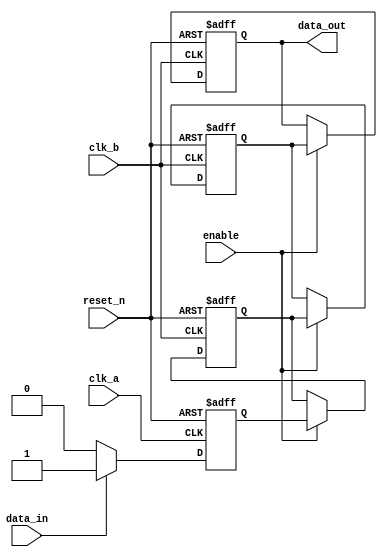
module pulsed_synchronizer (
    input wire clk_a,              // Source clock
    input wire clk_b,              // Destination clock
    input wire reset_n,            // Asynchronous active low reset
    input wire enable,             // Enable for the synchronization
    input wire data_in,            // Input data signal from clk_a domain
    output reg data_out            // Synchronized output in clk_b domain
);

    // Internal signals
    reg data_sync1;                // First stage of synchronization
    reg data_sync2;                // Second stage of synchronization
    reg pulse;                     // Pulse signal

    // Pulse generation logic
    always @(posedge clk_a or negedge reset_n) begin
        if (!reset_n) begin
            pulse <= 1'b0;
        end else if (data_in) begin
            pulse <= 1'b1;          // Generate pulse on data_in rising edge
        end else begin
            pulse <= 1'b0;          // Reset pulse when data_in is low
        end
    end

    // Synchronize pulse signal to clk_b domain
    always @(posedge clk_b or negedge reset_n) begin
        if (!reset_n) begin
            data_sync1 <= 1'b0;
            data_sync2 <= 1'b0;
            data_out <= 1'b0;
        end else if (enable) begin
            // First stage of synchronization
            data_sync1 <= pulse;       // Capture pulse in clk_b domain

            // Second stage of synchronization
            data_sync2 <= data_sync1;  // Stabilize the pulse

            // Output data_out based on the second stage
            data_out <= data_sync2;     // Output synchronized data
        end
    end

endmodule